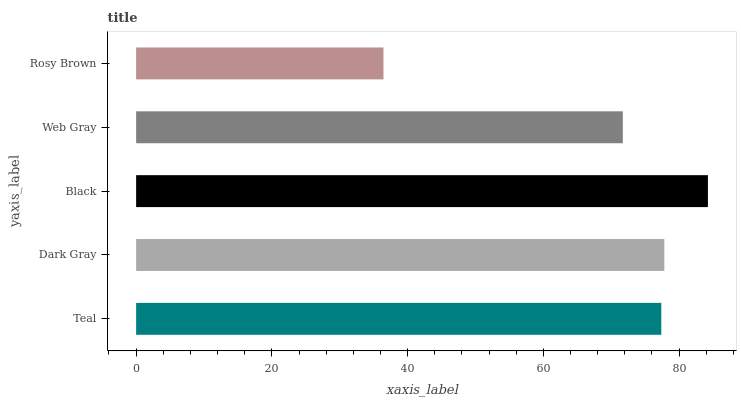
| yaxis_label | bars |
 | --- | --- |
 | Teal | 77.4 |
 | Dark Gray | 77.8 |
 | Black | 84.2 |
 | Web Gray | 71.7 |
 | Rosy Brown | 36.4 |